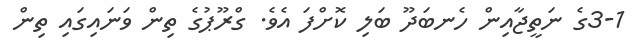
3-1ގެ ނަތީޖާއިން ހެނބަދޫ ބަލި ކޮށްފަ އެވެ. ގްރޫޕުގެ ތިން ވަނައިގައި ތިން